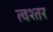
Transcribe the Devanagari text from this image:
त्वश्तर